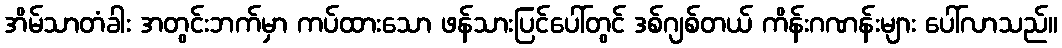
အိမ်သာတံခါး အတွင်းဘက်မှာ ကပ်ထားသော ဖန်သားပြင်ပေါ်တွင် ဒစ်ဂျစ်တယ် ကိန်းဂဏန်းများ ပေါ်လာသည်။